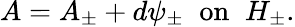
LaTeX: A=A_{\pm}+d\psi_{\pm}\; \; \mathrm{on}\; \; H_{\pm}.